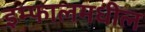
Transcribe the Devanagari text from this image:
इम्फालमधील